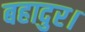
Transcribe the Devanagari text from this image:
बहादुर।